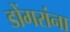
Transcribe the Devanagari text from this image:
डोंगरांना